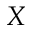
X